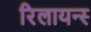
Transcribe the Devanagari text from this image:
रिलायन्स्‍